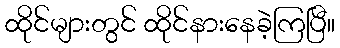
ထိုင်များတွင် ထိုင်နားနေခဲ့ကြပြီ။